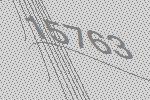
15763